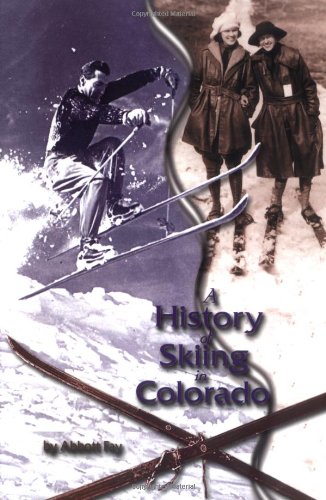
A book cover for A History of Skiing in Colorado; Abbott Fay; Travel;